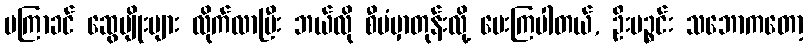
မကြာခင် ဆွေမျိုးများ လိုက်လာပြီး ဘယ်လို စီမံမှာတုန်းလို့ မေးကြပါတယ်, ဦးပဉ္စင်း သဘောကတော့